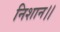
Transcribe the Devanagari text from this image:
निशान।।